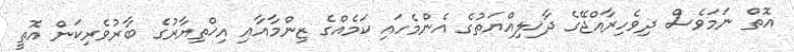
އޮތް ނަމަވެސް ދިވެހިރާއްޖޭގެ ދާޚިލިއްޔަތުގެ އެންމެހައި ކަމެއްގެ ޒިންމާއާއި އިޚްތިޔާރުގެ ބާރުވެރިކަން އޮތީ